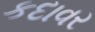
કદાવર